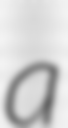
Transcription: a